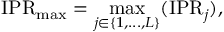
\mathrm { I P R } _ { \operatorname* { m a x } } = \operatorname* { m a x } _ { j \in \{ 1 , . . . , L \} } ( \mathrm { I P R } _ { j } ) ,